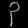
Digit: ၃